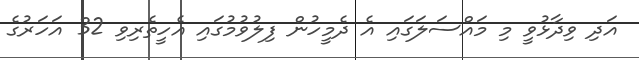
އަދި ވިދާޅުވީ މި މައްސަލަގައި އެ ދެމީހުން ފިލުވުމުގައި އެހީތެރިވި 32 އަހަރުގެ